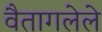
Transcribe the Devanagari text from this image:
वैतागलेले